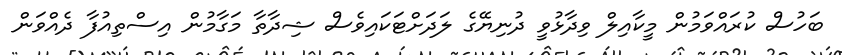
ބަހުސް ކުރައްވަމުން މީކާއިލް ވިދާޅުވީ ދުނިޔޭގެ ލަދަށްޓަކައިވެސް ޝިދާތާ މަގާމުން އިސްތިއުފާ ދެއްވަން